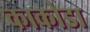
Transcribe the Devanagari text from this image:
काकोडा